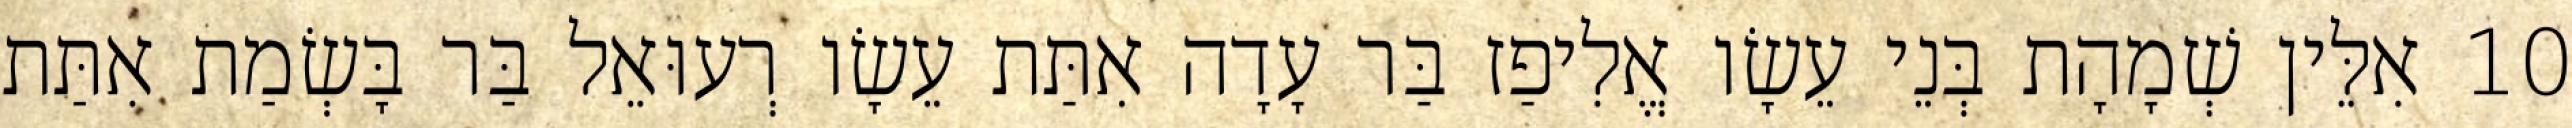
10 אִלֵּין שְׁמָהָת בְּנֵי עֵשָׂו אֱלִיפַז בַּר עָדָה אִתַּת עֵשָׂו רְעוּאֵל בַּר בָּשְׂמַת אִתַּת